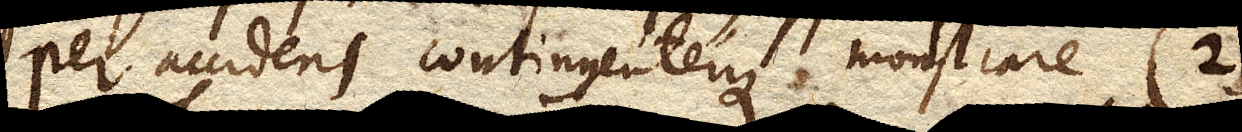
per accidens contingenterque monstrare (2)